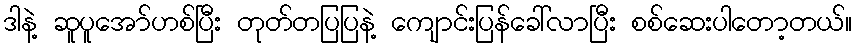
ဒါနဲ့ ဆူပူအော်ဟစ်ပြီး တုတ်တပြပြနဲ့ ကျောင်းပြန်ခေါ်လာပြီး စစ်ဆေးပါတော့တယ်။